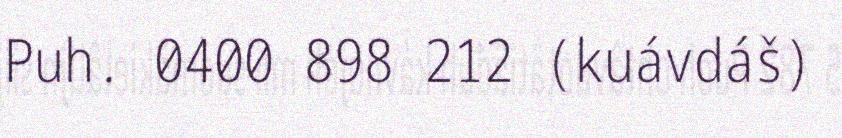
Puh. 0400 898 212 (kuávdáš)